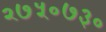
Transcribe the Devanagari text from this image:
२७५०७३०